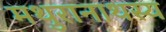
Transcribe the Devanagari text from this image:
मथुरानाथस्य